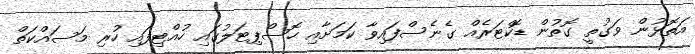
އަތޮޅުން ވަގުތީ ގޮތުން ޑޮކްޓަރެއް ގެނެސްފައިވާ ކަމަށާއި ހޮސްޕިޓަލުގައި ހުއްޓިފައި ހުރި މަސައްކަތް